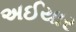
અઈયાર